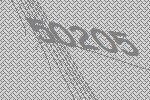
50205